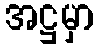
အဋ္ဌမှာ